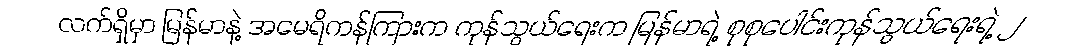
လက်ရှိမှာ မြန်မာနဲ့ အမေရိကန်ကြားက ကုန်သွယ်ရေးက မြန်မာရဲ့ စုစုပေါင်းကုန်သွယ်ရေးရဲ့ ၂